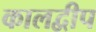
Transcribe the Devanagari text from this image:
कालद्वीप